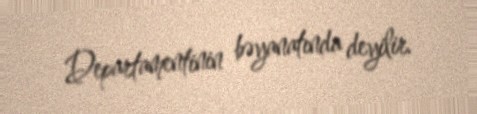
Departamentinin bəyanatında deyilir.